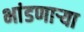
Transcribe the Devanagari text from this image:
भांडणाऱ्या